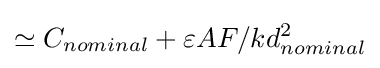
\simeq C_{nominal}+\varepsilon AF/kd_{nominal}^{2}